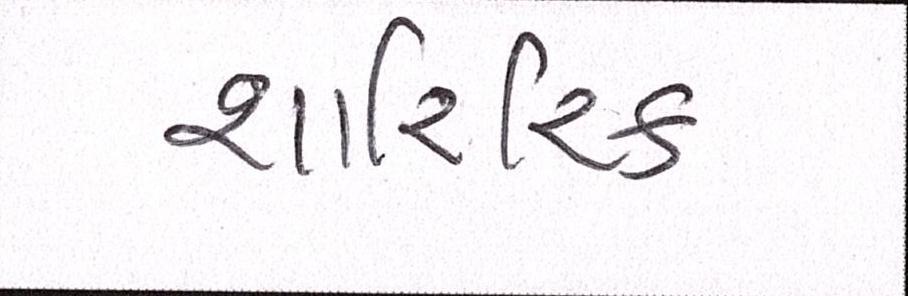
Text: શારિરિક